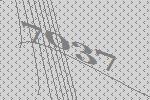
7037